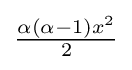
{\textstyle {\frac {\alpha (\alpha -1)x^{2}}{2}}}